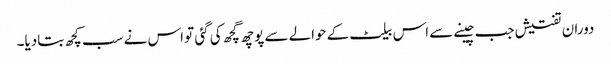
دوران تفتیش جب چینے سے اس بیلٹ کے حوالے سے پوچھ گچھ کی گئی تو اس نے سب کچھ بتادیا۔